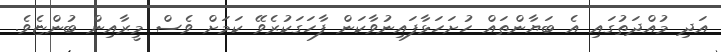
އަދި މުއްދަތުގައި އެ ބަޔާންތައް ހުށަހަޅާފައިނުވާކަން ފާހަގަކުރެވޭ ކަމަށް ވެސް މީރާއިން ބުންޏެވެ.